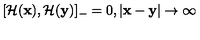
[ { \cal H } ( { \bf x } ) , { \cal H } ( { \bf y } ) ] _ { - } = 0 , | { \bf x } - { \bf y } | \rightarrow \infty